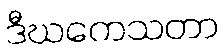
ဒီဃကေသတာ